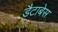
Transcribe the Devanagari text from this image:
डैटाबेस